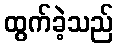
ထွက်ခဲ့သည်